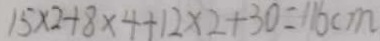
1 5 \times 2 + 8 \times 4 + 1 2 \times 2 + 3 0 = 1 1 6 c m